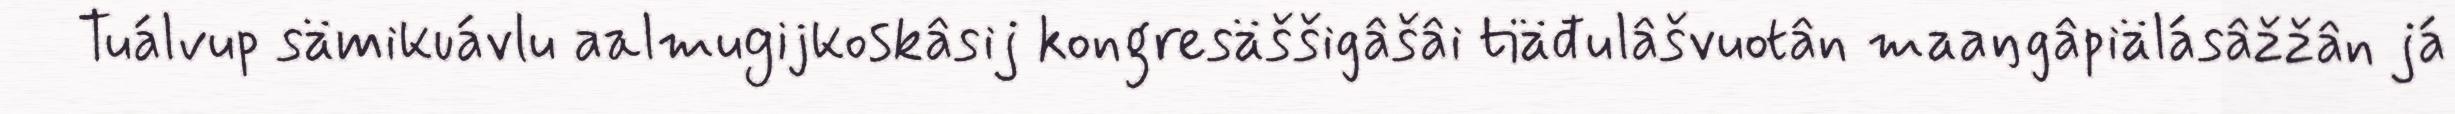
Tuálvup sämikuávlu aalmugijkoskâsij kongresäššigâšâi tiäđulâšvuotân maaŋgâpiälásâžžân já